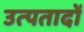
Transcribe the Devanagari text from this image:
उत्पतादों